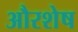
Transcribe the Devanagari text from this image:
औरशेष